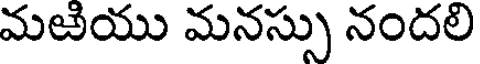
మజియు మనస్సు నందలి